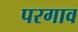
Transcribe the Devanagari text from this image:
परगाव